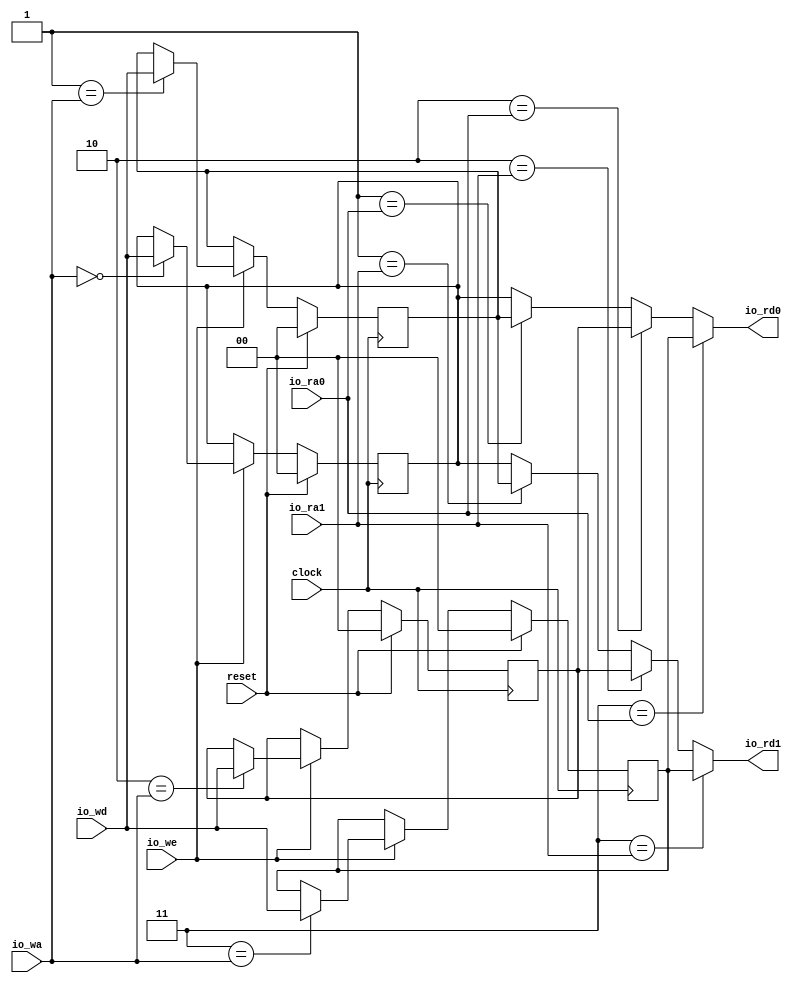
module RegisterFile( // @[:@3.2]
  input        clock, // @[:@4.4]
  input        reset, // @[:@5.4]
  input  [1:0] io_ra0, // @[:@6.4]
  output [1:0] io_rd0, // @[:@6.4]
  input  [1:0] io_ra1, // @[:@6.4]
  output [1:0] io_rd1, // @[:@6.4]
  input  [1:0] io_wa, // @[:@6.4]
  input  [1:0] io_wd, // @[:@6.4]
  input        io_we // @[:@6.4]
);
  reg [1:0] regs_0; // @[RegisterFile.scala 19:21:@13.4]
  reg [31:0] _RAND_0;
  reg [1:0] regs_1; // @[RegisterFile.scala 19:21:@13.4]
  reg [31:0] _RAND_1;
  reg [1:0] regs_2; // @[RegisterFile.scala 19:21:@13.4]
  reg [31:0] _RAND_2;
  reg [1:0] regs_3; // @[RegisterFile.scala 19:21:@13.4]
  reg [31:0] _RAND_3;
  wire [1:0] _GEN_1; // @[RegisterFile.scala 21:10:@14.4]
  wire [1:0] _GEN_2; // @[RegisterFile.scala 21:10:@14.4]
  wire [1:0] _GEN_5; // @[RegisterFile.scala 22:10:@15.4]
  wire [1:0] _GEN_6; // @[RegisterFile.scala 22:10:@15.4]
  wire [1:0] _GEN_8; // @[RegisterFile.scala 25:17:@17.6]
  wire [1:0] _GEN_9; // @[RegisterFile.scala 25:17:@17.6]
  wire [1:0] _GEN_10; // @[RegisterFile.scala 25:17:@17.6]
  wire [1:0] _GEN_11; // @[RegisterFile.scala 25:17:@17.6]
  wire [1:0] _GEN_12; // @[RegisterFile.scala 24:16:@16.4]
  wire [1:0] _GEN_13; // @[RegisterFile.scala 24:16:@16.4]
  wire [1:0] _GEN_14; // @[RegisterFile.scala 24:16:@16.4]
  wire [1:0] _GEN_15; // @[RegisterFile.scala 24:16:@16.4]
  assign _GEN_1 = 2'h1 == io_ra0 ? regs_1 : regs_0; // @[RegisterFile.scala 21:10:@14.4]
  assign _GEN_2 = 2'h2 == io_ra0 ? regs_2 : _GEN_1; // @[RegisterFile.scala 21:10:@14.4]
  assign _GEN_5 = 2'h1 == io_ra1 ? regs_1 : regs_0; // @[RegisterFile.scala 22:10:@15.4]
  assign _GEN_6 = 2'h2 == io_ra1 ? regs_2 : _GEN_5; // @[RegisterFile.scala 22:10:@15.4]
  assign _GEN_8 = 2'h0 == io_wa ? io_wd : regs_0; // @[RegisterFile.scala 25:17:@17.6]
  assign _GEN_9 = 2'h1 == io_wa ? io_wd : regs_1; // @[RegisterFile.scala 25:17:@17.6]
  assign _GEN_10 = 2'h2 == io_wa ? io_wd : regs_2; // @[RegisterFile.scala 25:17:@17.6]
  assign _GEN_11 = 2'h3 == io_wa ? io_wd : regs_3; // @[RegisterFile.scala 25:17:@17.6]
  assign _GEN_12 = io_we ? _GEN_8 : regs_0; // @[RegisterFile.scala 24:16:@16.4]
  assign _GEN_13 = io_we ? _GEN_9 : regs_1; // @[RegisterFile.scala 24:16:@16.4]
  assign _GEN_14 = io_we ? _GEN_10 : regs_2; // @[RegisterFile.scala 24:16:@16.4]
  assign _GEN_15 = io_we ? _GEN_11 : regs_3; // @[RegisterFile.scala 24:16:@16.4]
  assign io_rd0 = 2'h3 == io_ra0 ? regs_3 : _GEN_2; // @[RegisterFile.scala 21:10:@14.4]
  assign io_rd1 = 2'h3 == io_ra1 ? regs_3 : _GEN_6; // @[RegisterFile.scala 22:10:@15.4]
`ifdef RANDOMIZE_GARBAGE_ASSIGN
`define RANDOMIZE
`endif
`ifdef RANDOMIZE_INVALID_ASSIGN
`define RANDOMIZE
`endif
`ifdef RANDOMIZE_REG_INIT
`define RANDOMIZE
`endif
`ifdef RANDOMIZE_MEM_INIT
`define RANDOMIZE
`endif
`ifndef RANDOM
`define RANDOM $random
`endif
`ifdef RANDOMIZE
  integer initvar;
  initial begin
    `ifdef INIT_RANDOM
      `INIT_RANDOM
    `endif
    `ifndef VERILATOR
      #0.002 begin end
    `endif
  `ifdef RANDOMIZE_REG_INIT
  _RAND_0 = {1{`RANDOM}};
  regs_0 = _RAND_0[1:0];
  `endif // RANDOMIZE_REG_INIT
  `ifdef RANDOMIZE_REG_INIT
  _RAND_1 = {1{`RANDOM}};
  regs_1 = _RAND_1[1:0];
  `endif // RANDOMIZE_REG_INIT
  `ifdef RANDOMIZE_REG_INIT
  _RAND_2 = {1{`RANDOM}};
  regs_2 = _RAND_2[1:0];
  `endif // RANDOMIZE_REG_INIT
  `ifdef RANDOMIZE_REG_INIT
  _RAND_3 = {1{`RANDOM}};
  regs_3 = _RAND_3[1:0];
  `endif // RANDOMIZE_REG_INIT
  end
`endif // RANDOMIZE
  always @(posedge clock) begin
    if (reset) begin
      regs_0 <= 2'h0;
    end else begin
      if (io_we) begin
        if (2'h0 == io_wa) begin
          regs_0 <= io_wd;
        end
      end
    end
    if (reset) begin
      regs_1 <= 2'h0;
    end else begin
      if (io_we) begin
        if (2'h1 == io_wa) begin
          regs_1 <= io_wd;
        end
      end
    end
    if (reset) begin
      regs_2 <= 2'h0;
    end else begin
      if (io_we) begin
        if (2'h2 == io_wa) begin
          regs_2 <= io_wd;
        end
      end
    end
    if (reset) begin
      regs_3 <= 2'h0;
    end else begin
      if (io_we) begin
        if (2'h3 == io_wa) begin
          regs_3 <= io_wd;
        end
      end
    end
  end
endmodule